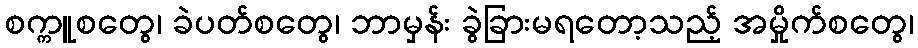
စက္ကူစတွေ၊ ခဲပတ်စတွေ၊ ဘာမှန်း ခွဲခြားမရတော့သည့် အမှိုက်စတွေ၊